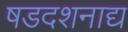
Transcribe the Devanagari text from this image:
षडदशनाद्य